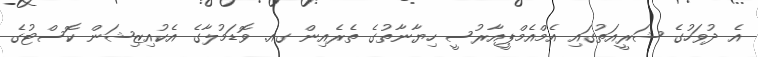
އެ ދުވަހުގެ ޝަރީއަތުގައި އެމްއެމްޕީއާރުސީ ހިޔާނާތުގެ ތެރެއިން ގއ. ވޮޑަމުލާގެ އެކުއިޒިޝަން ކޮސްޓުގެ